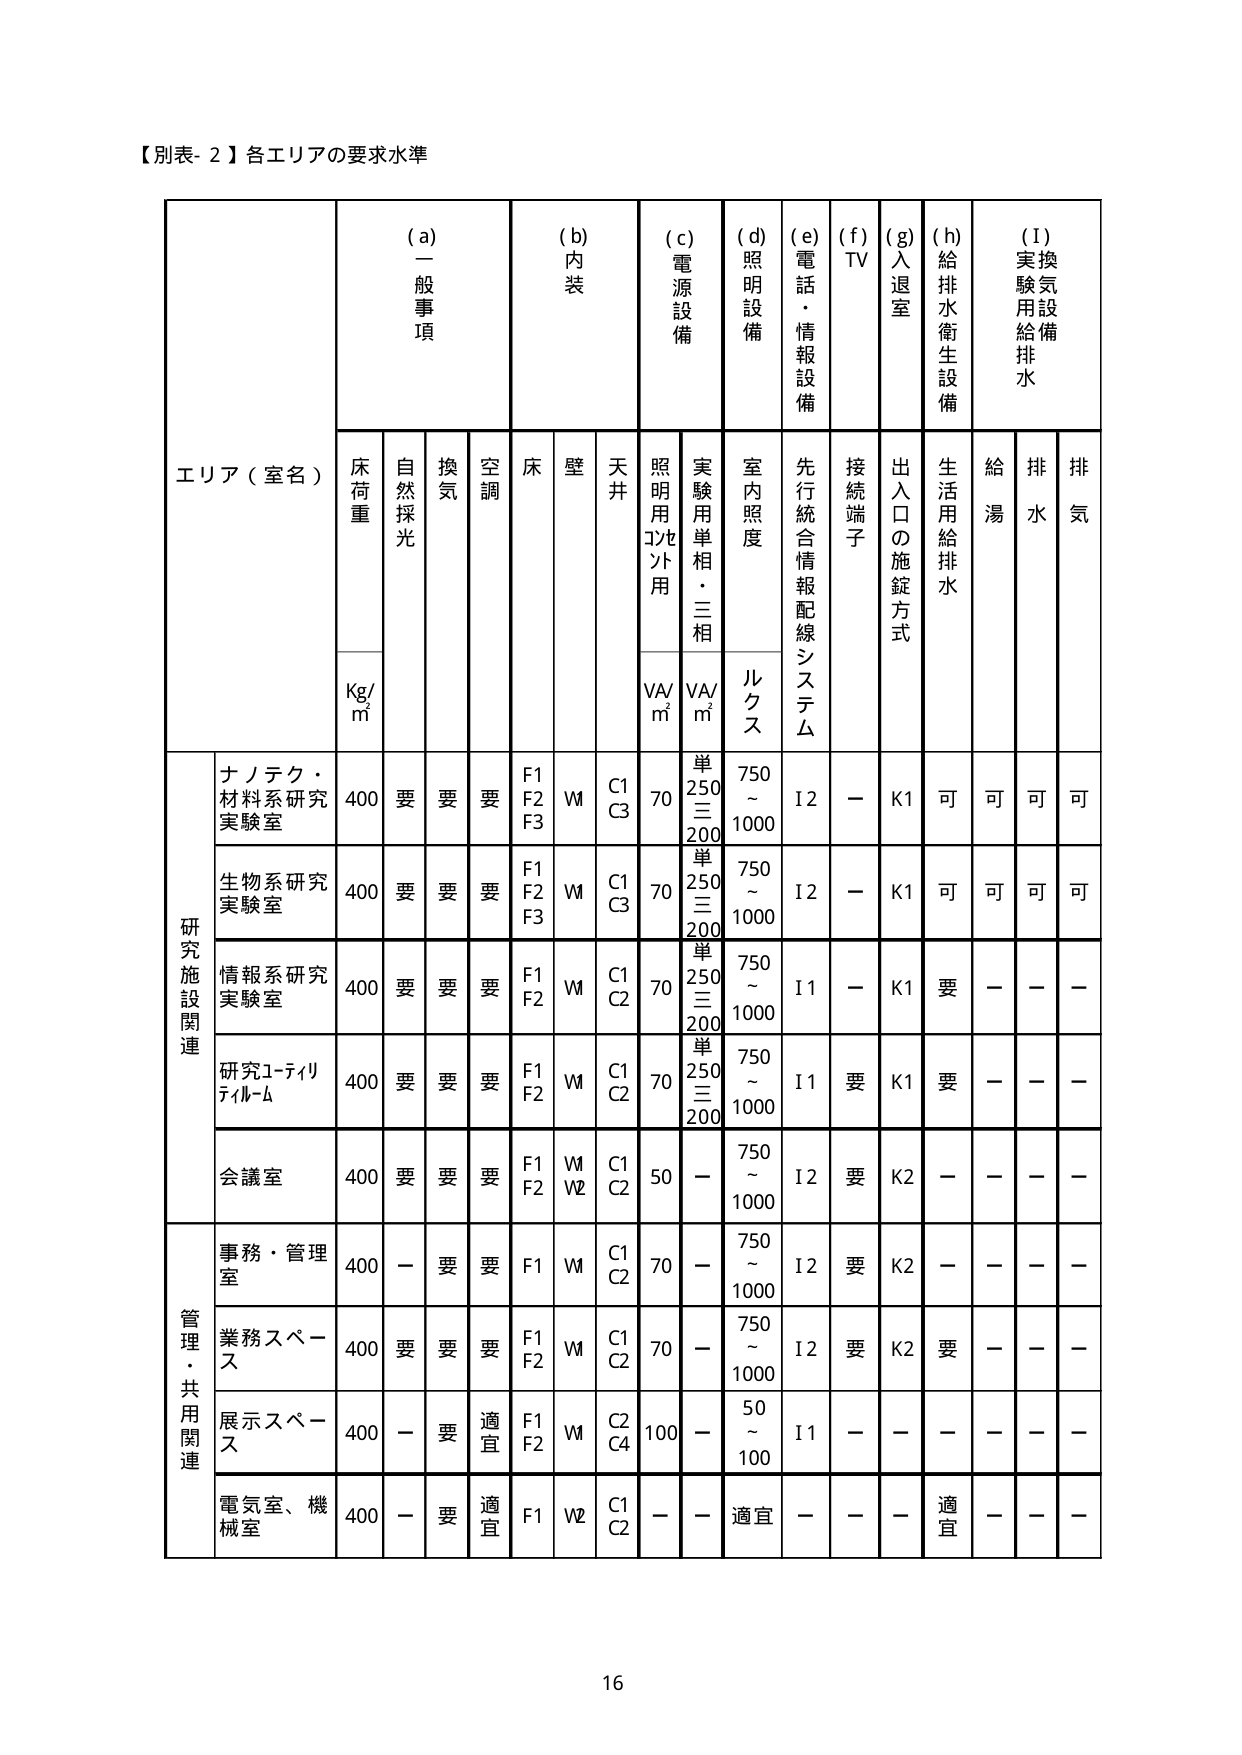
【別表-2】各エリアの要求水準

エリア（室名）

(a) 一般事項
床荷重 Kg/m²
自然採光
換気
空調

(b) 内装
床
壁
天井

(c) 電源設備
照明用コンセント用 VA/m²
実験用単相・三相 VA/m²

(d) 照明設備
室内照度 ルクス

(e) 電話・情報設備
先行統合情報配線システム

(f) TV
接続端子

(g) 入退室
出入口の施錠方式

(h) 給排水衛生設備
生活用給排水
給湯

(I) 実験気用設備給排水
排水
排気

研究施設関連
ナノテク・材料系研究実験室
400 要 要 要 F1 F2 F3 W C1 C3 70 単250 三200 750～1000 I2 － K1 可 可 可 可

生物系研究実験室
400 要 要 要 F1 F2 F3 W C1 C3 70 単250 三200 750～1000 I2 － K1 可 可 可 可

情報系研究実験室
400 要 要 要 F1 F2 W C1 C2 70 単250 三200 750～1000 I1 － K1 要 － － －

研究1-ティリフィル-A
400 要 要 要 F1 F2 W C1 C2 70 単250 三200 750～1000 I1 要 K1 要 － － －

会議室
400 要 要 要 F1 F2 W V2 C1 C2 50 － 750～1000 I2 要 K2 － － － －

管理・共用関連
事務・管理室
400 － 要 要 F1 W C1 C2 70 － 750～1000 I2 要 K2 － － － －

業務スペース
400 要 要 要 F1 F2 W C1 C2 70 － 750～1000 I2 要 K2 要 － － －

展示スペース
400 － 要 適宜 F1 F2 W C2 C4 100 － 50～100 I1 － － － － － －

電気室、機械室
400 － 要 適宜 F1 V2 C1 C2 － － 適宜 － － － 適宜 － － －

16